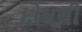
દોષથી